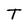
Character: T